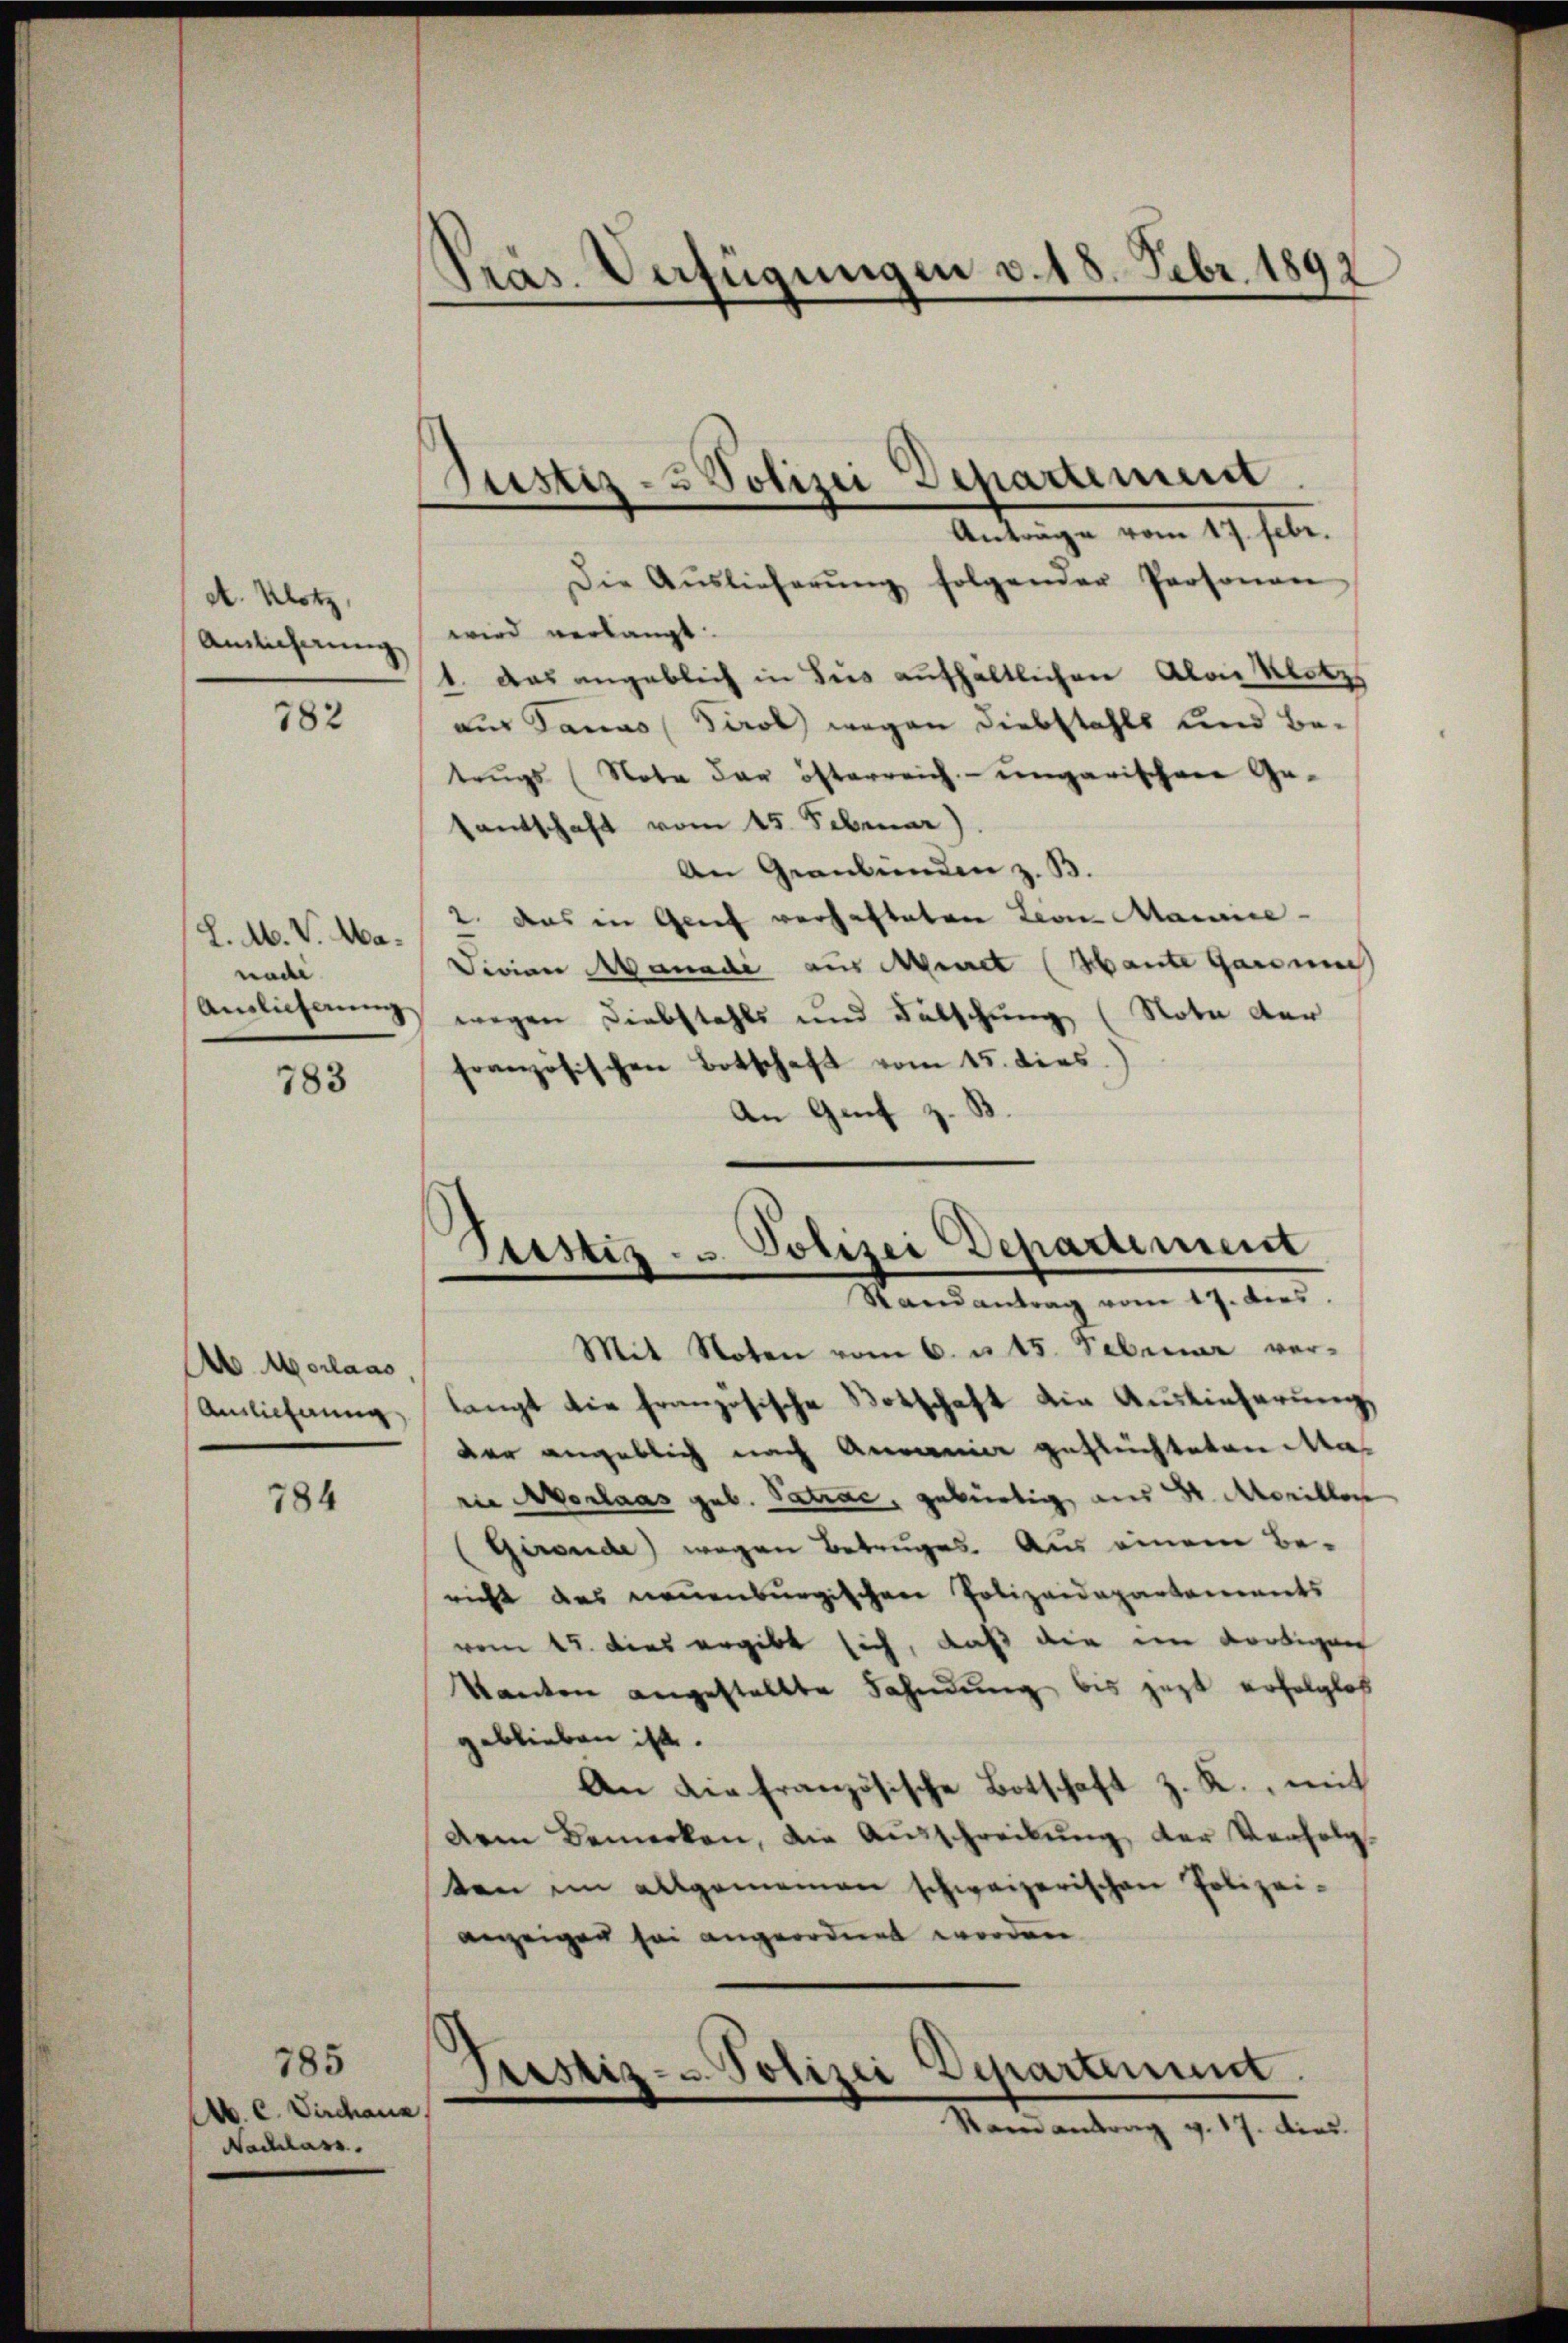
A. Klotz,
Amlicherung

782

L. M. V. Manade

783

AMorlaas,
Anslieferung

784

785
M. C. Dirchaus
Nachlass

Präs. Verfügungen v. 18. Febr. 1892

Die Aŭslieferŭng folgender Personan
wird verlangt.
1. Das angeblich in Beis aufhältlichen Alois Klotzs
aus Sanas (Tirol wegen Diebstahls und Betrugs (Note der österreich ungarischen Ge-
sentschaft vom 15. Februar)
An Graubünden z. B.
2. das in Genf verhafteten Lion. Mainice-
Fivian Manadi aus Minet (Mante Garden
Anglichnung wegen Diebstahls und Fütschung (Nota der
französischen Botschaft vom 15. dies
An Genf z. B.

Justiz- & Polizei Departemen
Anträge vom 17. Febr.

Zustiz- u. Polizei Departement
Mansantrag vom 17. dies

Mit Noten vom 6. u. 15. Februar ver-
langt die französische Botschaft die Auslieferung
der angeblich nach Annie geflüchteten Marie Morlaas geb. Satrac, gebürtig aus St. Monillen
Girende) wegen Betruges. Aus einem Be-
richt das neuenburgischen Polizeidepartements
vom 12. dies ergibt sich, daß die im dortigen
kanton angestellte Fahndung bis jezt erfolglos
geblieben ist.
An die französische Botschaft z. R., mit
Dem Bemerken, die Aŭsschreibŭng der Verfolg-
ten im allgemeinen schweizerischen Polizei-
anzeigen sei angeordnet worden
Pustiz- u. Polizei Departement.
Samantrag v. 17. dies